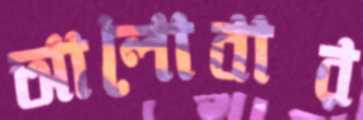
আলোবার